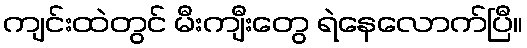
ကျင်းထဲတွင် မီးကျီးတွေ ရဲနေလောက်ပြီ။